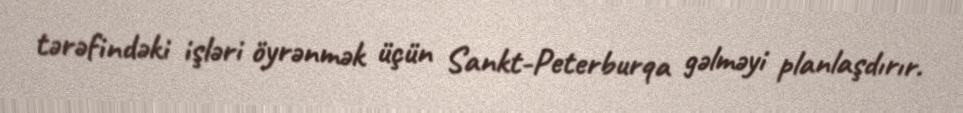
tərəfindəki işləri öyrənmək üçün Sankt-Peterburqa gəlməyi planlaşdırır.